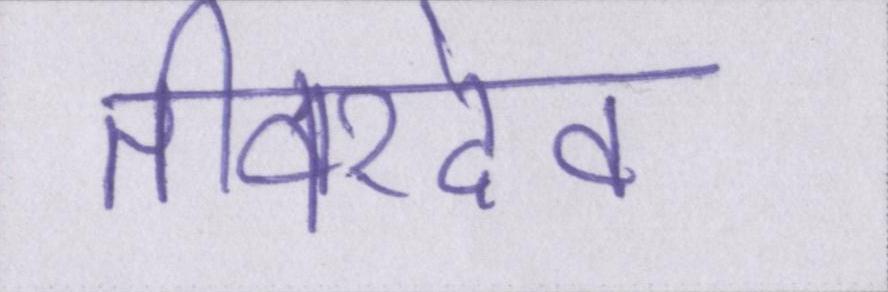
तीवरदेव